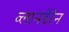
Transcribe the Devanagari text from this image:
व्लानडेरेन